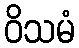
ဝိသမံ